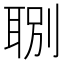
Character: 𦖇